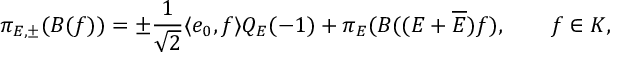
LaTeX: \pi _ { E , \pm } ( B ( f ) ) = \pm \frac { 1 } { \sqrt { 2 } } \langle e _ { 0 } , f \rangle Q _ { E } ( - 1 ) + \pi _ { E } ( B ( ( E + \overline { { { E } } } ) f ) , \qquad f \in { \cal K } ,